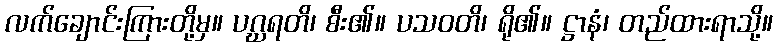
လက်ချောင်းကြားတို့မှ။ ပဂ္ဃရတိ၊ စီး၏။ ပသဝတိ၊ ရို၏။ ဋ္ဌာနံ၊ တည်ထားရာသို့။